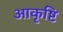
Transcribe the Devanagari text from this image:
आकृष्टि